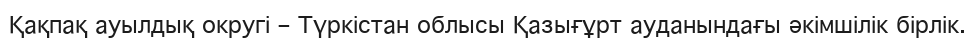
Қақпақ ауылдық округі – Түркістан облысы Қазығұрт ауданындағы әкімшілік бірлік.